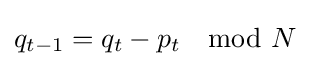
q_{t-1}=q_{t}-p_{t}\mod N